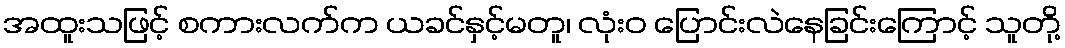
အထူးသဖြင့် စကားလက်က ယခင်နှင့်မတူ၊ လုံးဝ ပြောင်းလဲနေခြင်းကြောင့် သူတို့